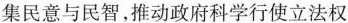
集民意与民智，推动政府科学行使立法权